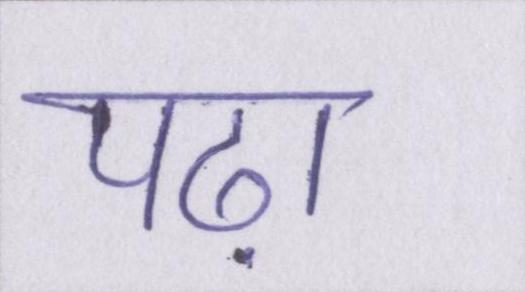
पढ़ा